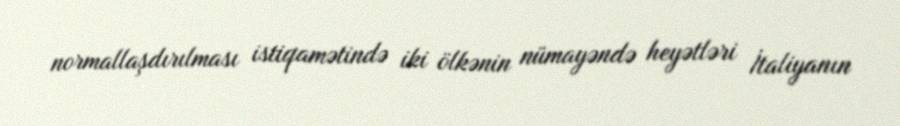
normallaşdırılması istiqamətində iki ölkənin nümayəndə heyətləri İtaliyanın